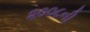
૨૦૦૮ની